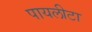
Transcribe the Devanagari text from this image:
पायलीटा